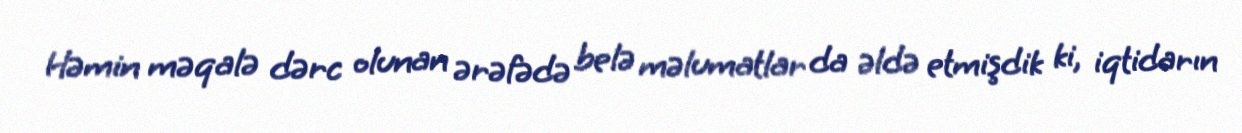
Həmin məqalə dərc olunan ərəfədə belə məlumatlar da əldə etmişdik ki, iqtidarın